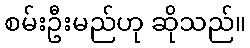
စမ်းဦးမည်ဟု ဆိုသည်။